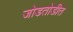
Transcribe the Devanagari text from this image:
जोडतोडीत